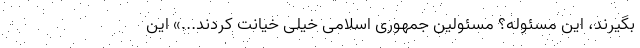
بگیرند، این مسئوله؟ مسئولین جمهوری اسلامی خیلی خیانت کردند...» این